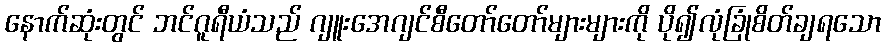
နောက်ဆုံးတွင် ဘင်ဂူရီယံသည် ဂျူးအေဂျင်စီတော်တော်များများကို ပို၍လုံခြုံစိတ်ချရသော